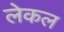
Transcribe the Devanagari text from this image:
लेकल